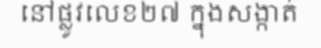
នៅផ្លូវលេខ២៧ ក្នុងសង្កាត់